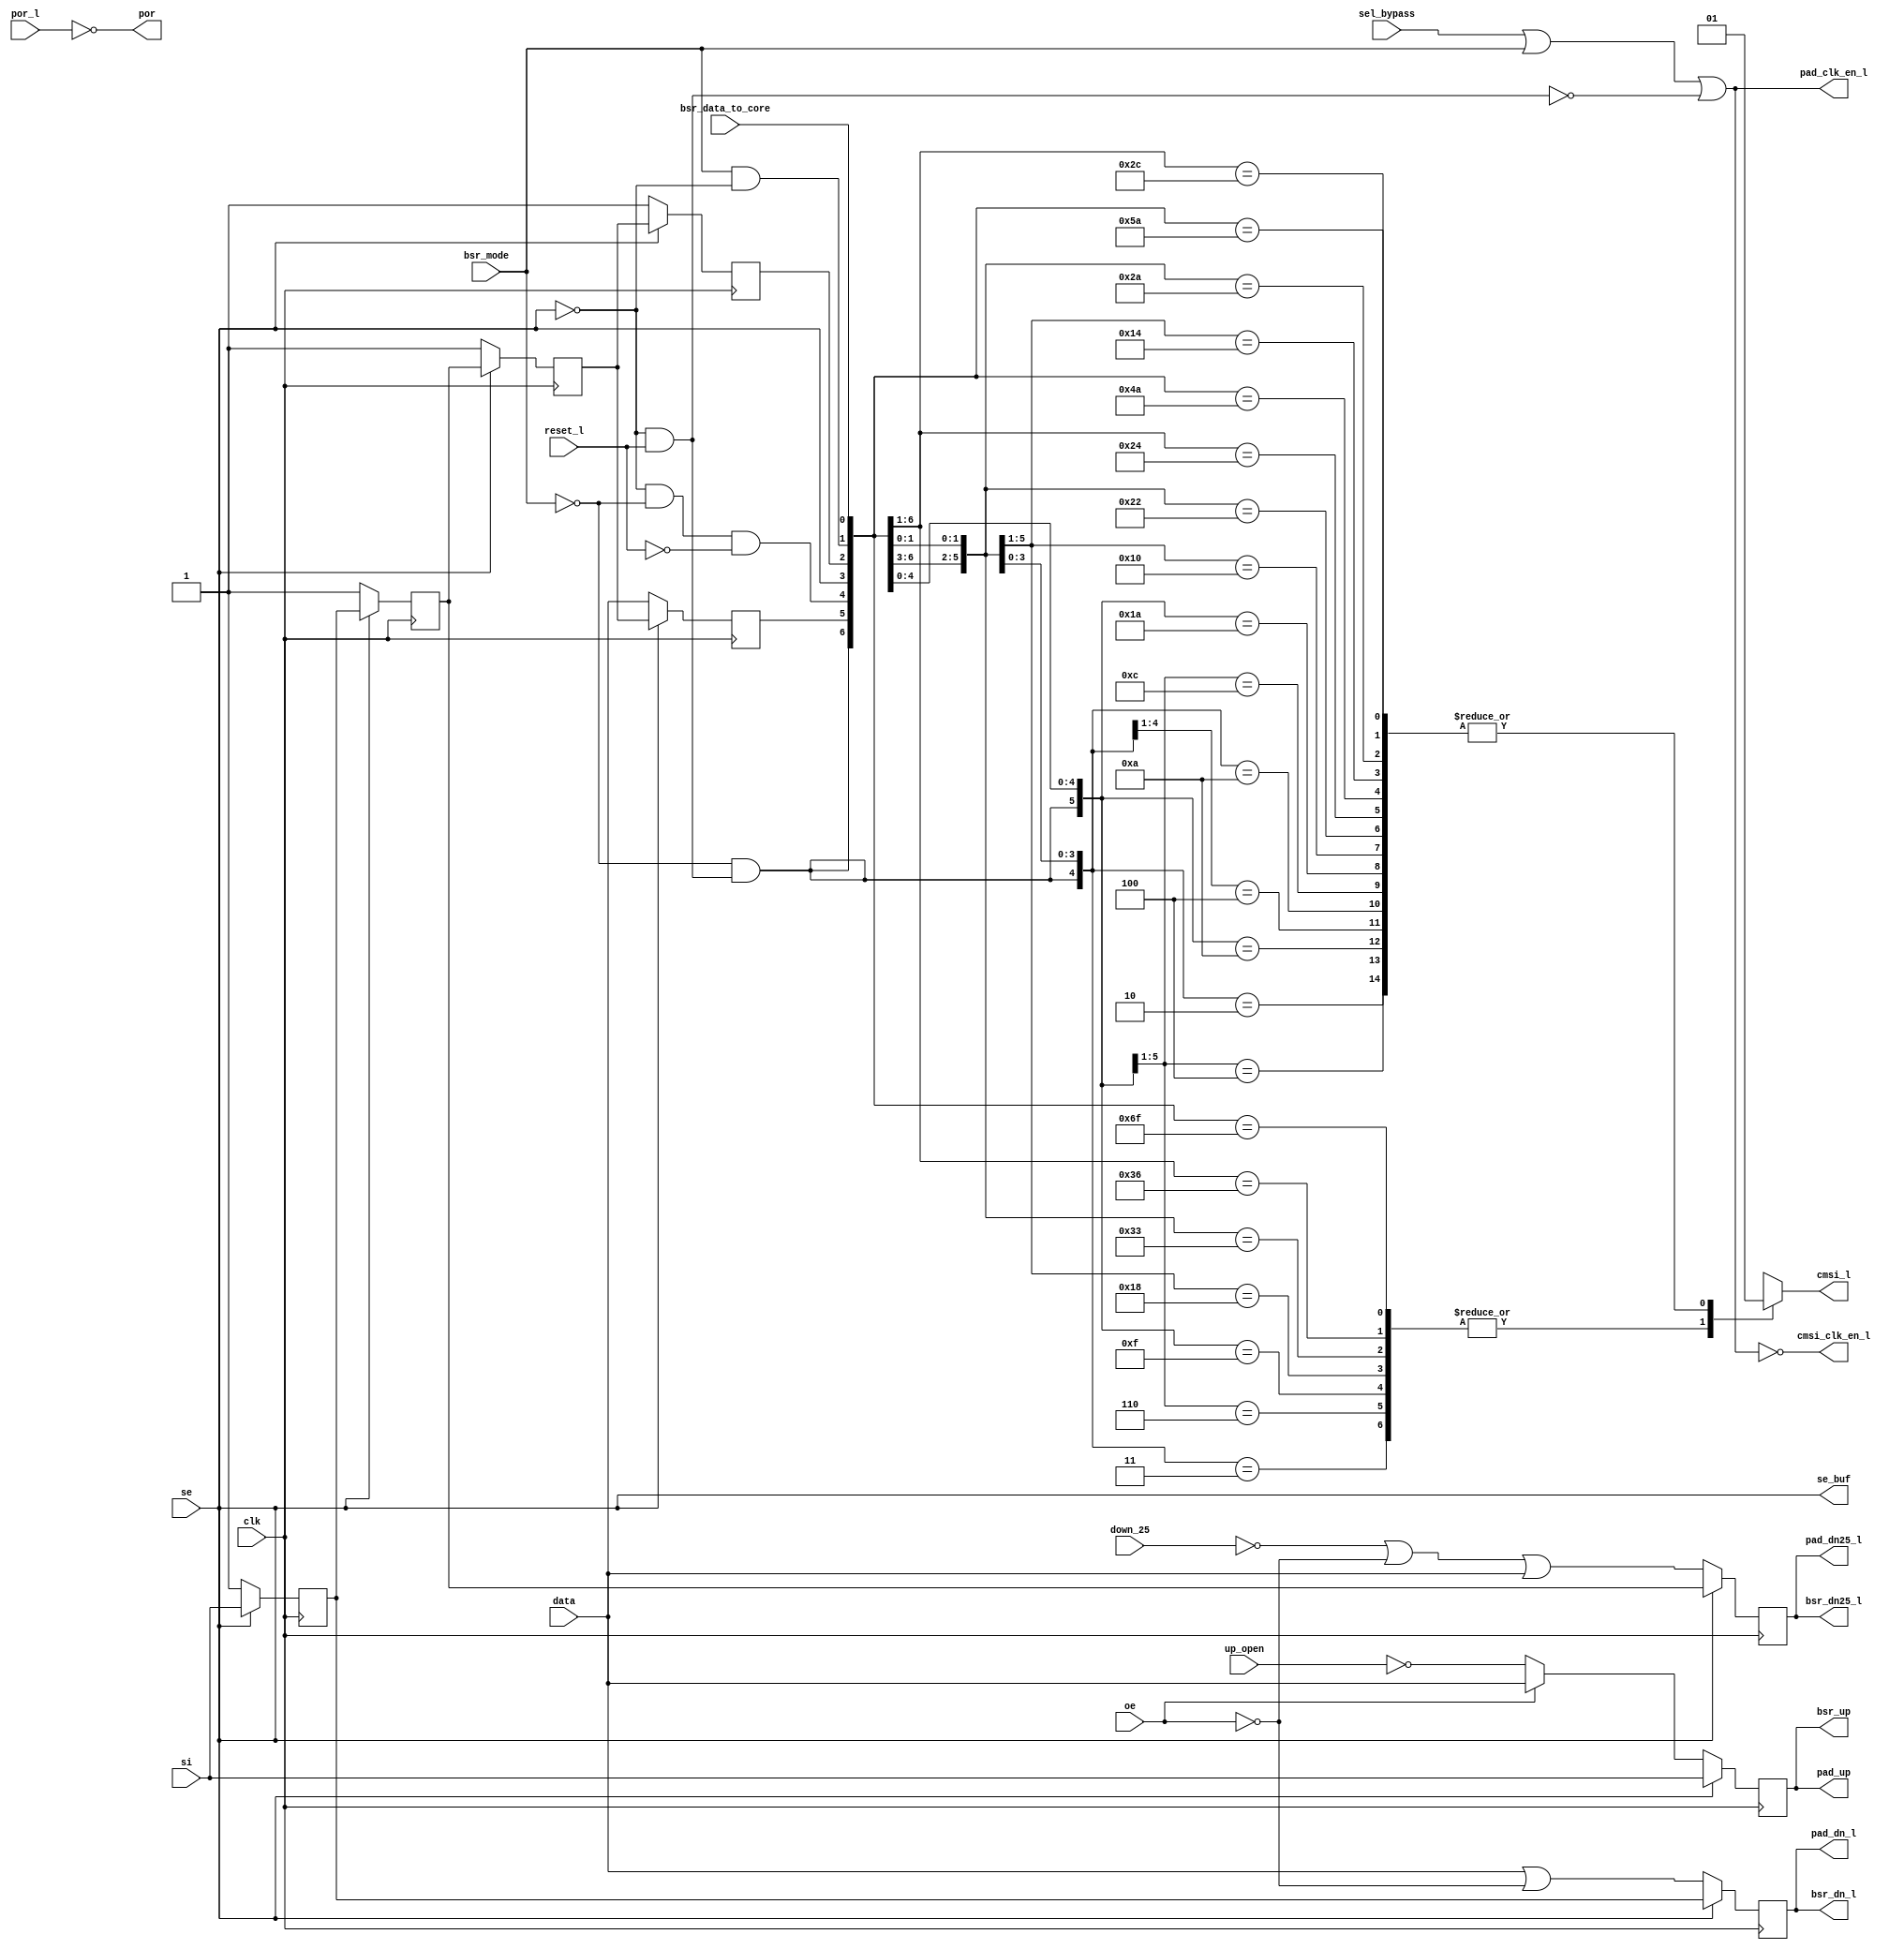
module bw_io_dtl_edgelogic (
  pad_up, pad_dn_l, pad_dn25_l, pad_clk_en_l, cmsi_clk_en_l, cmsi_l, se_buf, 
  bsr_up, bsr_dn_l, bsr_dn25_l, por, 
  data, oe, si, reset_l, sel_bypass, clk, bsr_mode, up_open, down_25, por_l, 
  se, bsr_data_to_core
  );
  input		data;
  input		oe;
  input		si;
  input		reset_l;
  input		sel_bypass;
  input		clk;
  input		bsr_mode;
  input		up_open;
  input		down_25;
  input		por_l;
  input		se;
  input		bsr_data_to_core;
  output	pad_up;
  output	pad_dn_l;
  output	pad_dn25_l;
  output	pad_clk_en_l;
  output	cmsi_clk_en_l;
  output	cmsi_l;
  output	se_buf;
  output	bsr_up;
  output	bsr_dn_l;
  output	bsr_dn25_l;
  output	por;
  reg cmsi_l;
  reg edgelogic_so;
  reg bypass_data;
  reg net223;
  reg pad_dn25_l;
  reg net229;
  reg pad_dn_l;
  reg net217;
  reg pad_up;
  wire s0 = bsr_mode && ~se;
  wire s2 = ~se && ~bsr_mode && ~reset_l;
  wire se_buf = se;
  wire die = ~se && reset_l;
  wire s3 = ~bsr_mode && die;
  wire pad_clk_en_l = sel_bypass || bsr_mode || ~die;
  wire cmsi_clk_en_l = ~(sel_bypass || bsr_mode || ~die);
  wire dn = data || ~oe;
  wire dn25 = ~down_25 || ~oe || data;
  wire up = oe ? data : ~up_open;
  wire por = ~por_l;
  wire bsr_up = pad_up;
  wire bsr_dn_l = pad_dn_l;
  wire bsr_dn25_l = pad_dn25_l;
  always @ (s3 or s2 or se_buf or s0 or bypass_data or edgelogic_so or bsr_data_to_core) begin
    casex ({s3, bypass_data, s2, 1'b0, se_buf, edgelogic_so, s0, bsr_data_to_core})
      8'b0x0x0x10: cmsi_l = 1'b1;
      8'b0x0x0x11: cmsi_l = 1'b0;
      8'b0x0x100x: cmsi_l = 1'b1;
      8'b0x0x110x: cmsi_l = 1'b0;
      8'b0x0x1010: cmsi_l = 1'b1;
      8'b0x0x1111: cmsi_l = 1'b0;
      8'b0x100x0x: cmsi_l = 1'b1;
      8'b0x110x0x: cmsi_l = 1'b0;
      8'b0x100x10: cmsi_l = 1'b1;
      8'b0x110x11: cmsi_l = 1'b0;
      8'b0x10100x: cmsi_l = 1'b1;
      8'b0x11110x: cmsi_l = 1'b0;
      8'b0x101010: cmsi_l = 1'b1;
      8'b0x111111: cmsi_l = 1'b0;
      8'b100x0x0x: cmsi_l = 1'b1;
      8'b110x0x0x: cmsi_l = 1'b0;
      8'b100x0x10: cmsi_l = 1'b1;
      8'b110x0x11: cmsi_l = 1'b0;
      8'b100x100x: cmsi_l = 1'b1;
      8'b110x110x: cmsi_l = 1'b0;
      8'b100x1010: cmsi_l = 1'b1;
      8'b110x1111: cmsi_l = 1'b0;
      8'b10100x0x: cmsi_l = 1'b1;
      8'b11110x0x: cmsi_l = 1'b0;
      8'b10100x10: cmsi_l = 1'b1;
      8'b11110x11: cmsi_l = 1'b0;
      8'b1010100x: cmsi_l = 1'b1;
      8'b1111110x: cmsi_l = 1'b0;
      8'b10101010: cmsi_l = 1'b1;
      8'b11111111: cmsi_l = 1'b0;
      default:     cmsi_l = 1'bx;
      endcase
    end
  always @(posedge clk) begin
    if (se_buf) 
      begin
      edgelogic_so <= net223;
      bypass_data  <= net223;
      end
    else
      begin
      edgelogic_so <= 1'b1;
      bypass_data <= data;
      end
    if (se_buf) 
      begin
      net223 <= net229;
      pad_dn25_l <= net229;
      end
    else
      begin
      net223 <= 1'b1;
      pad_dn25_l <= dn25;
      end  	
    if (se_buf) 
      begin
      net229 <= net217;
      pad_dn_l <= net217;
      end
    else
      begin
      net229 <= 1'b1;
      pad_dn_l <= dn;
      end  	
    if (se_buf) 
      begin
      net217 <= si; 
      pad_up <= si; 
      end
    else
      begin
      net217 <= 1'b1; 
      pad_up <= up;   
      end  	
    end
  endmodule